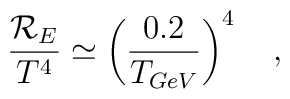
\frac{{\cal R}_{E}}{T^{4}} \simeq \left(\frac{0.2}{T_{GeV}} \right)^{4}~~~,